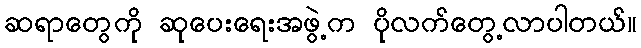
ဆရာတွေကို ဆုပေးရေးအဖွဲ့က ပိုလက်တွေ့လာပါတယ်။